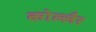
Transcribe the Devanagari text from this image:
कोल्लैर